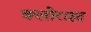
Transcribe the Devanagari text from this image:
क्लोराइद